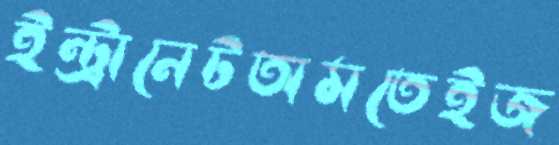
ইন্ট্রানেটঅমতেইজ